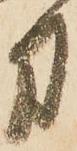
方